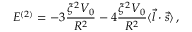
E ^ { ( 2 ) } = - 3 \frac { \xi ^ { 2 } V _ { 0 } } { R ^ { 2 } } - 4 \frac { \xi ^ { 2 } V _ { 0 } } { R ^ { 2 } } \langle \vec { l } \cdot \vec { s } \rangle \, ,